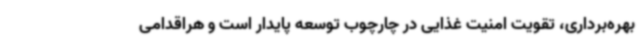
بهره‌برداری، تقویت امنیت غذایی در چارچوب توسعه پایدار است و هراقدامی